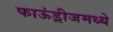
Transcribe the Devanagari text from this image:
फाऊंड्रीजमध्ये